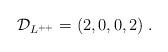
LaTeX: \begin{align*} {\cal D}_{L^{++}} = (2,0,0,2)\;.\end{align*}